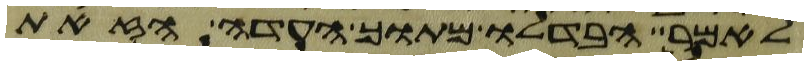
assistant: לאמר הבדלו מתוך העדה הזאת